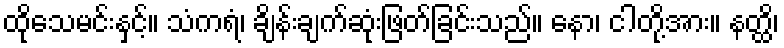
ထိုသေမင်းနှင့်။ သံကရံ၊ ချိန်းချက်ဆုံးဖြတ်ခြင်းသည်။ နော၊ ငါတို့အား။ နတ္ထိ၊